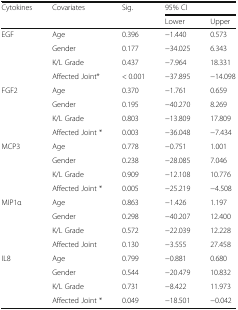
| <ROWSPAN=2> Cytokines | <ROWSPAN=2> Covariates | <ROWSPAN=2> Sig. | <COLSPAN=2> 95% CI |
 | Lower | Upper |
 | --- | --- | --- | --- | --- |
 | <ROWSPAN=4> EGF | Age | 0.396 | −1.440 | 0.573 |
 | Gender | 0.177 | −34.025 | 6.343 |
 | K/L Grade | 0.437 | −7.964 | 18.331 |
 | Affected Joint* | < 0.001 | −37.895 | −14.098 |
 | <ROWSPAN=4> FGF2 | Age | 0.370 | −1.761 | 0.659 |
 | Gender | 0.195 | −40.270 | 8.269 |
 | K/L Grade | 0.803 | −13.809 | 17.809 |
 | Affected Joint * | 0.003 | −36.048 | −7.434 |
 | <ROWSPAN=4> MCP3 | Age | 0.778 | −0.751 | 1.001 |
 | Gender | 0.238 | −28.085 | 7.046 |
 | K/L Grade | 0.909 | −12.108 | 10.776 |
 | Affected Joint * | 0.005 | −25.219 | −4.508 |
 | <ROWSPAN=4> MIP1α | Age | 0.863 | −1.426 | 1.197 |
 | Gender | 0.298 | −40.207 | 12.400 |
 | K/L Grade | 0.572 | −22.039 | 12.228 |
 | Affected Joint | 0.130 | −3.555 | 27.458 |
 | <ROWSPAN=4> IL8 | Age | 0.799 | −0.881 | 0.680 |
 | Gender | 0.544 | −20.479 | 10.832 |
 | K/L Grade | 0.731 | −8.422 | 11.973 |
 | Affected Joint * | 0.049 | −18.501 | −0.042 |